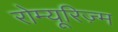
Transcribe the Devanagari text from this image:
रोम्यूरिज़्म